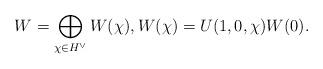
LaTeX: \begin{align*}W=\bigoplus_{\chi\in H^{\vee}} W(\chi), W(\chi)=U(1,0,\chi)W(0).\end{align*}